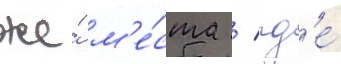
же́ м'е́ста / гд'е́